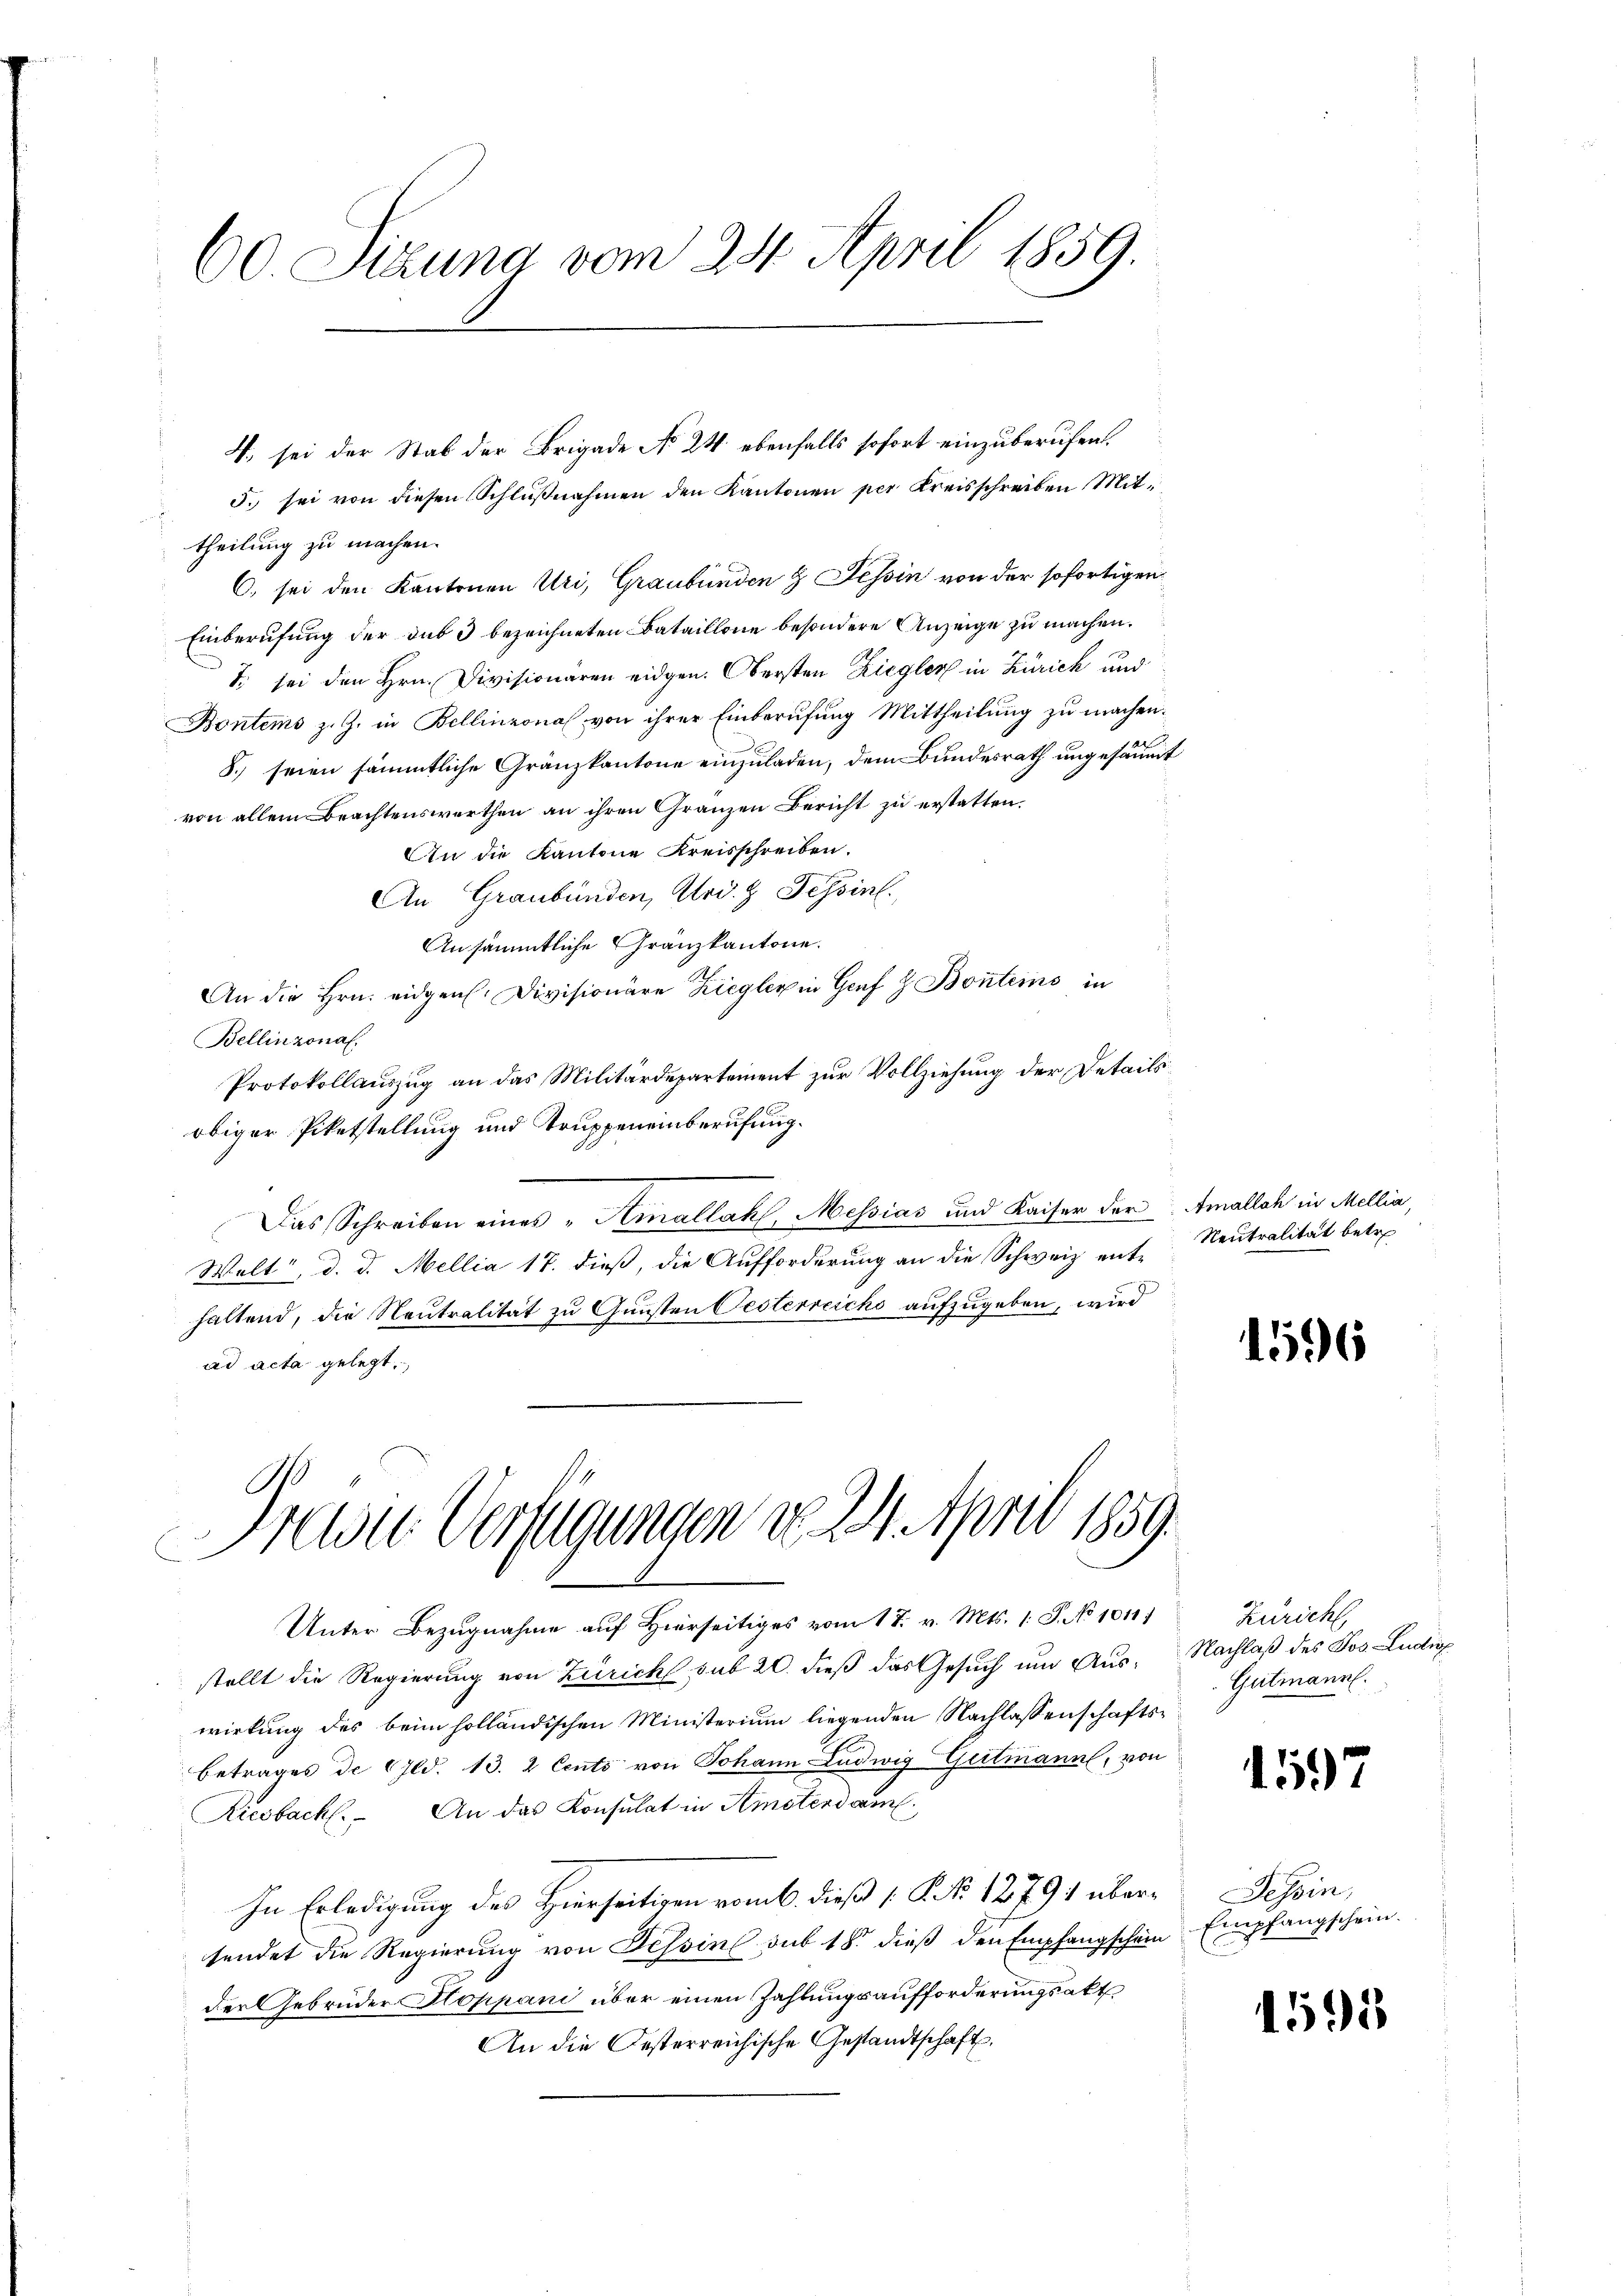
60. Sitzung vom 28. April 1859.

5. sei von diesen Schlußnahmen den Kantonen per Kreisschreiben Mittheilung zu machen.
C. sei den Kantonen Uri, Graubünden & Tessin von der sofortigen
Einberufung der sub 3 bezeichneten Bataillone besondere Anzeige zu machen.
7. sei den Hrn. Divisionären eidgen. Obersten Zieglers in Zürich und
Bontems z. Z. in Bellinzona von ihrer Einberufung Mittheilung zu machen.
8.) seien sämmtliche Gränzkantone einzuladen, dem Bundesrath ungesäumt
von allem Beachtenswerthen an ihren Granzen Bericht zu erstatten.
An die Kantone Kreisschreiben.
An Graubünden, Ard. z. Tessin.
Ansämmtliche Gränzkantone.
An die Hrn. eidgen. Divisionäre Ziegler in Genf z. Bonsteins in
Bellinzona.
Protokollauszug an das Militärdepartement zur Vollziehung der Details
obiger Pietstellung und Truppeneinberufung.
Das Schreiben eines „Semallahl, Messias und Kaiser der Amallch in Mellia,
Welt", d. d. Mellia 17. dieß, die Aufforderung an die Schweiz enthaltend, die Neutralität zu Gunsten Oesterreichs aufzugeben, wird
ad acta gelegt,

4. sei der Stab der Brigade No 24 ebenfalls sofort einzuberufen.

Preise Verfügungen d. 24. April 1859.

Unter Bezugnahme auf Hierseitiges vom 17. v. Mts. 1. P. No 1011)
stellt die Regierung von Zürich sub 20. dieß das Gesuch um Auswirkung des beim holländischen Ministerium liegenden Nachlassenschafts¬
Betrages de Gld. 13. 2 Cento von Johann Ludwig Geitmann, von
Riesbach. An das Konsulat in Amsterdam
In Erledigung des Hierseitigen vom 6. dieß [K No 1279) übersendet die Regierung von Tessin sub 18. dieβ den Empfangschein Empfangschein.
der Gebrüder Stoppani über einen Zahlungsaufforderungsakt
An die Oesterreichische Gestandtschaft,

Neutralität betre

1596

Züricht,
Nachlaß des Jos. Ludi
Gutmann.

1597

Tessin,

155